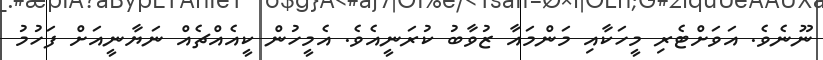
ނޫނެވެ. އަވަށްޓެރި މީހަކާއި މަންމައާ ޒުވާބު ކުރަނީއެވެ. އެމީހުން ކީއެއްޗެއް ނަޔާނީއަށް ފަހުމު